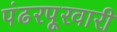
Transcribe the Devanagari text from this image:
पंढरपूरवारी